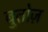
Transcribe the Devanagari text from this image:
बुतोज़